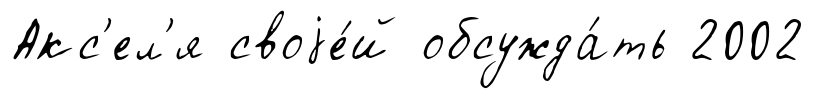
Акс'ел'я своjе́й обсужда́ть 2002